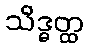
သိဒ္ဓတ္ထ